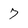
Character: 7